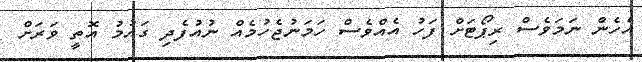
އެހެން ނަމަވެސް ރިޕޯޓަށް ފަހު އެއްވެސް ހަމަނުޖެހުމެއް ނުއުފެދި ގައުމު އޮތީ ވަރަށް